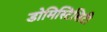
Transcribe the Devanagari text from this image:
डोमिस्टिसिटी